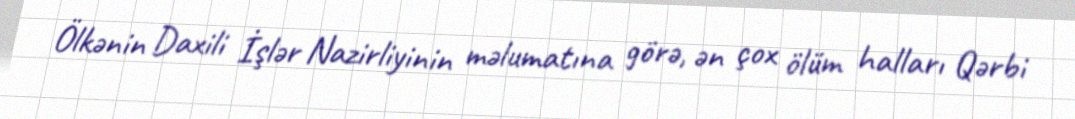
Ölkənin Daxili İşlər Nazirliyinin məlumatına görə, ən çox ölüm halları Qərbi